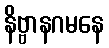
နိဗ္ဗာနဂမနေ